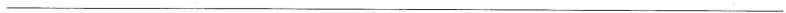
___